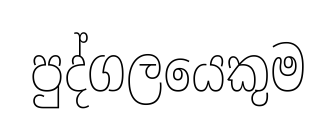
පුද්ගලයෙකුම